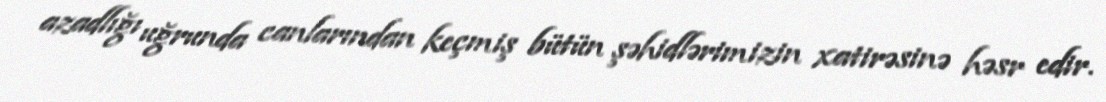
azadlığı uğrunda canlarından keçmiş bütün şəhidlərimizin xatirəsinə həsr edir.